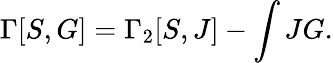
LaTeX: \Gamma[S,G]=\Gamma_{2}[S,J]-\int JG.